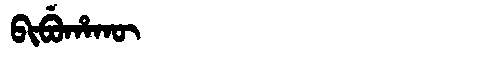
Manchu: ᠪᡳᠪᡠᡥᠠᡴᡡ
Romanization: BIBUHAKŪ